Indian Civil Veterinary Department memoirs
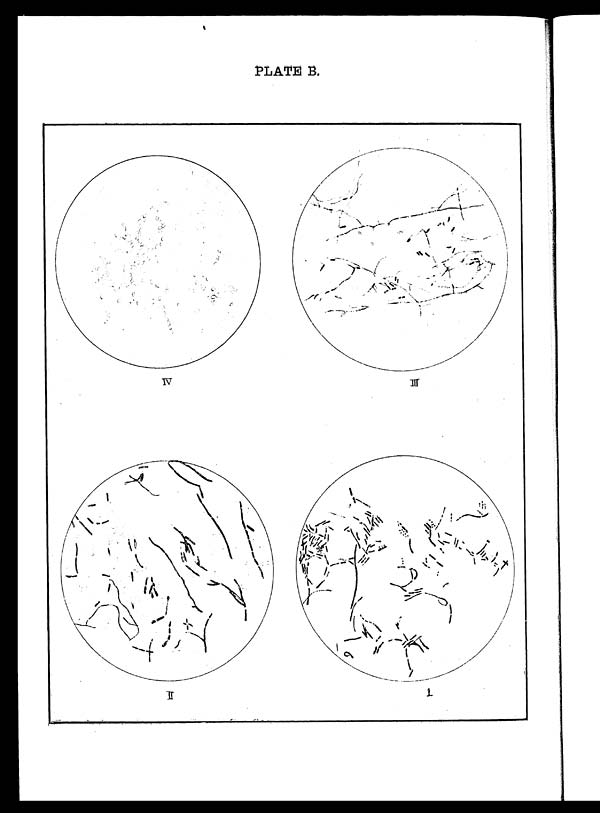
PLATE B.